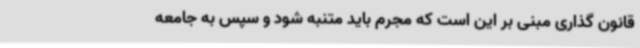
قانون گذاری مبنی بر این است که مجرم باید متنبه شود و سپس به جامعه